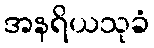
အနရိယသုခံ